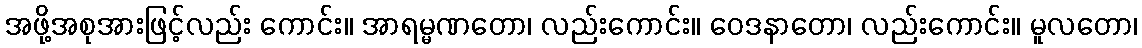
အဖို့အစုအားဖြင့်လည်း ကောင်း။ အာရမ္မဏတော၊ လည်းကောင်း။ ဝေဒနာတော၊ လည်းကောင်း။ မူလတော၊